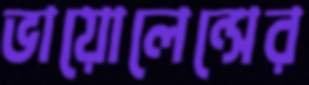
ভায়োলেন্সের